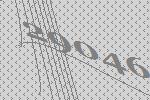
29046